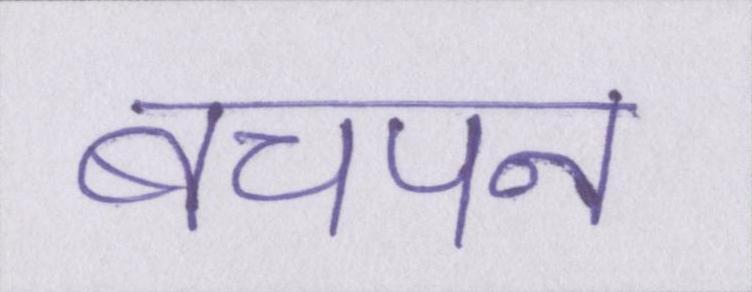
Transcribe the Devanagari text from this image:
बचपन